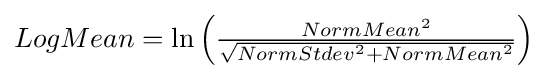
LogMean=\ln \left({\tfrac {NormMean^{2}}{\sqrt {NormStdev^{2}+NormMean^{2}}}}\right)